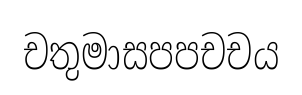
චතුමාසපපචචය